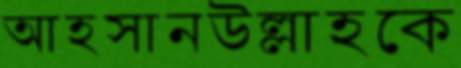
আহসানউল্লাহকে